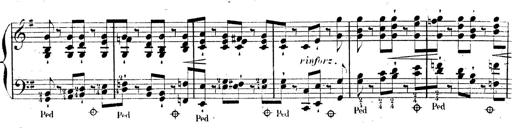
Title: AnnÃ©es de pÃ¨lerinage II, SupplÃ©ment
Composer: Franz Liszt